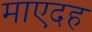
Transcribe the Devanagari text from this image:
माएदह